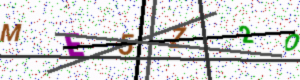
Text: ME5Z2O